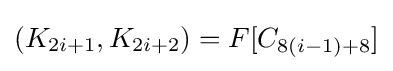
(K_{2i+1},K_{2i+2})=F[C_{8(i-1)+8}]